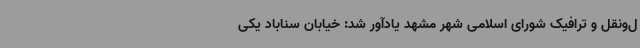
ل‌ونقل و ترافیک شورای اسلامی شهر مشهد یادآور شد: خیابان سناباد یکی